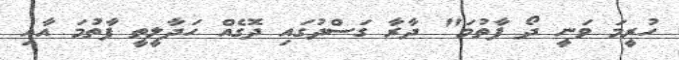
ހުރީމަ ވަނީ ދޯ ފާތުމަ" ދާރާ ގަސްދުގައި ދޮގެއް ހަދާލީތީ ފާތުމަ އާއި